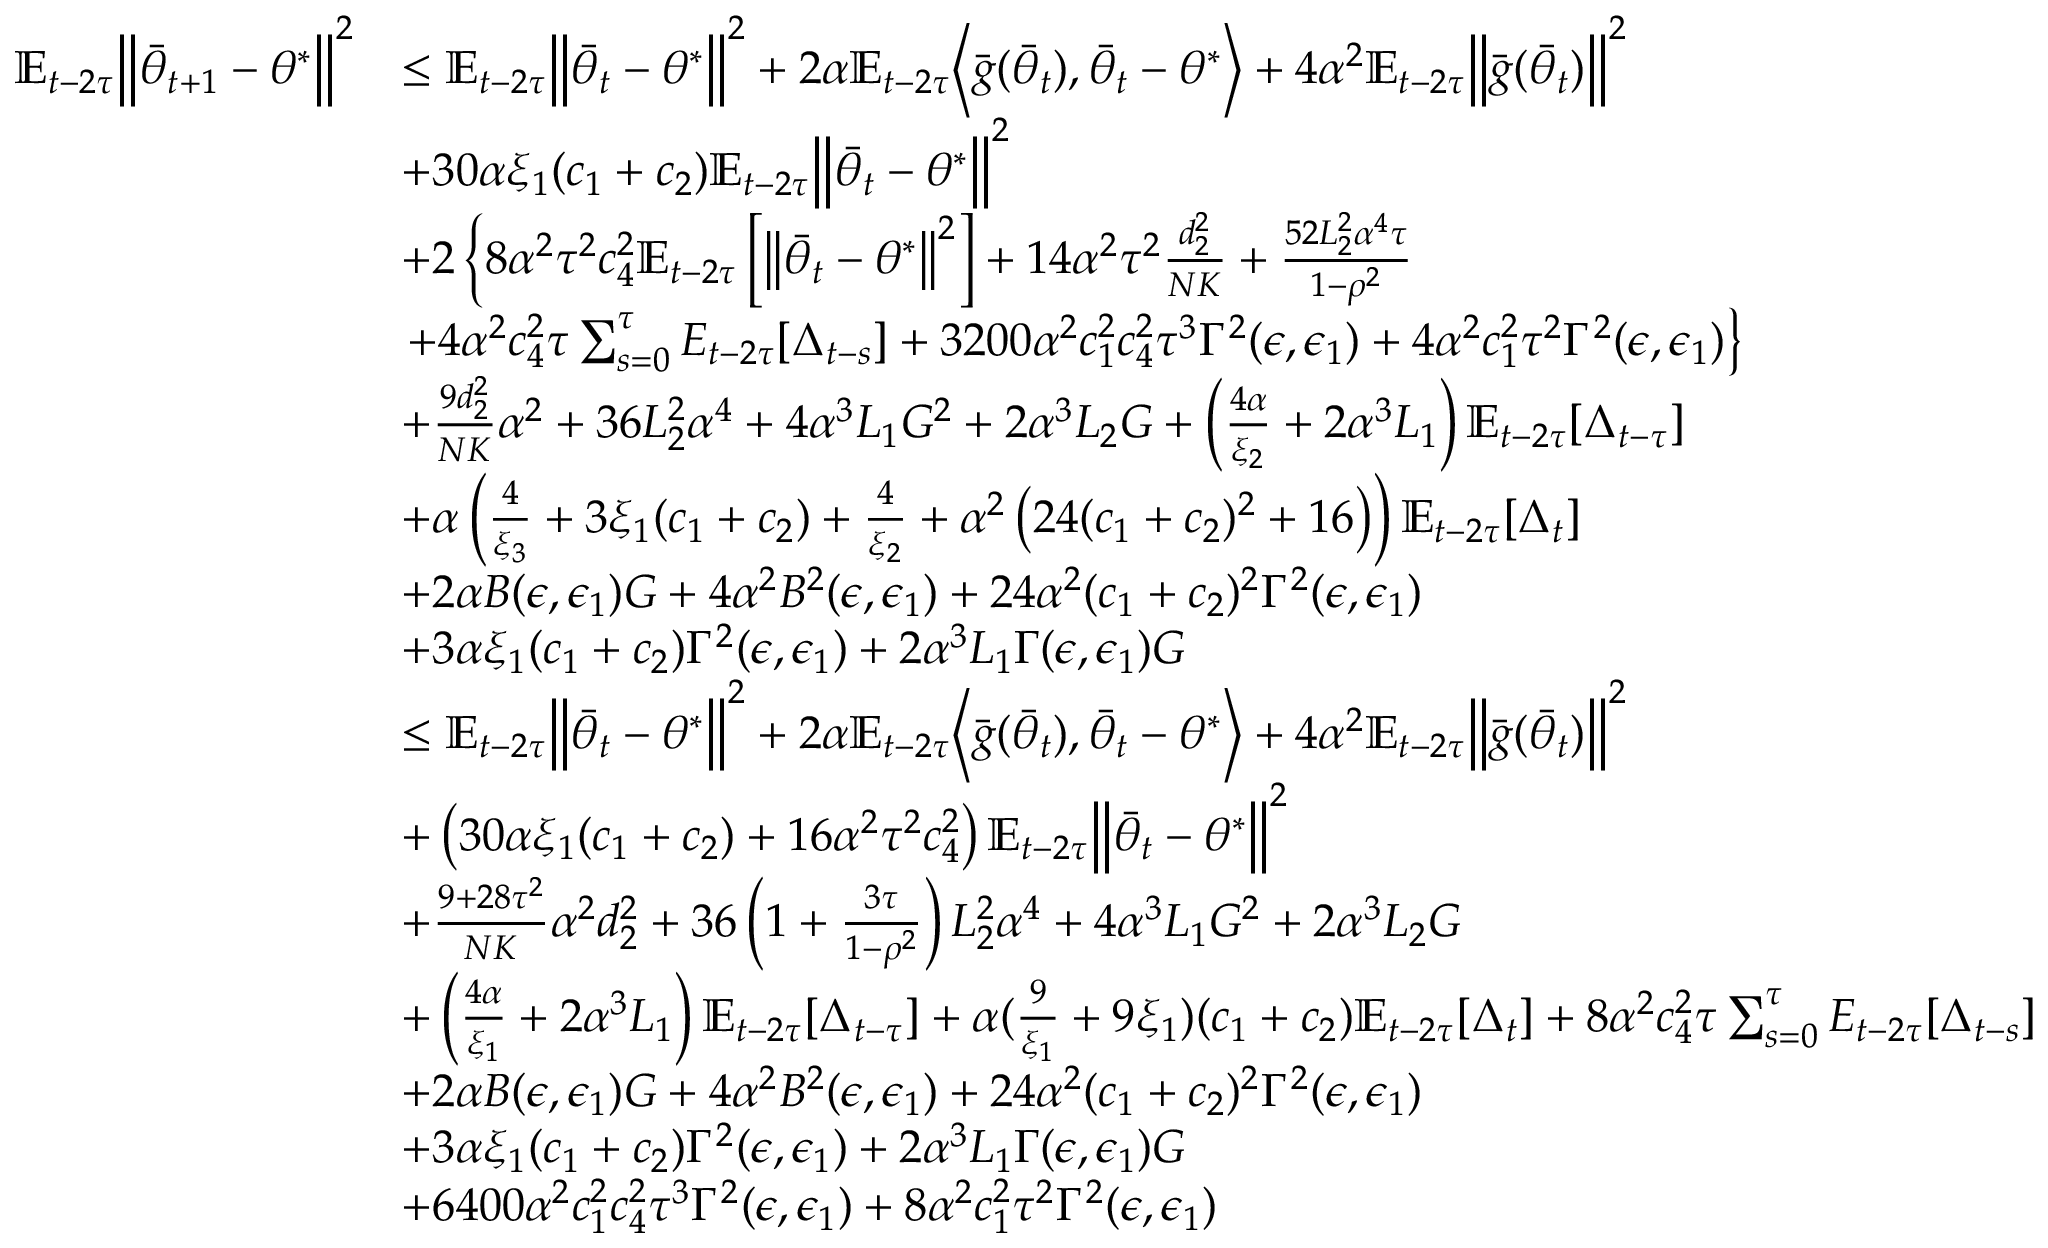
\begin{array} { r l } { \mathbb { E } _ { t - 2 \tau } \Big \lVert \bar { \theta } _ { t + 1 } - \theta ^ { * } \Big \rVert ^ { 2 } } & { \le \mathbb { E } _ { t - 2 \tau } \Big \lVert \bar { \theta } _ { t } - \theta ^ { * } \Big \rVert ^ { 2 } + 2 \alpha \mathbb { E } _ { t - 2 \tau } \Big \langle \bar { g } ( \bar { \theta } _ { t } ) , \bar { \theta } _ { t } - \theta ^ { * } \Big \rangle + 4 \alpha ^ { 2 } \mathbb { E } _ { t - 2 \tau } \Big \lVert \bar { g } ( \bar { \theta } _ { t } ) \Big \rVert ^ { 2 } } \\ & { + 3 0 \alpha \xi _ { 1 } ( c _ { 1 } + c _ { 2 } ) \mathbb { E } _ { t - 2 \tau } \Big \lVert \bar { \theta } _ { t } - \theta ^ { * } \Big \rVert ^ { 2 } } \\ & { + 2 \left\{ 8 \alpha ^ { 2 } \tau ^ { 2 } c _ { 4 } ^ { 2 } \mathbb { E } _ { t - 2 \tau } \left[ \left\| \bar { \theta } _ { t } - \theta ^ { * } \right\| ^ { 2 } \right] + 1 4 \alpha ^ { 2 } \tau ^ { 2 } \frac { d _ { 2 } ^ { 2 } } { N K } + \frac { 5 2 L _ { 2 } ^ { 2 } \alpha ^ { 4 } \tau } { 1 - \rho ^ { 2 } } \right. } \\ & { \left. + 4 \alpha ^ { 2 } c _ { 4 } ^ { 2 } \tau \sum _ { s = 0 } ^ { \tau } E _ { t - 2 \tau } [ \Delta _ { t - s } ] + 3 2 0 0 \alpha ^ { 2 } c _ { 1 } ^ { 2 } c _ { 4 } ^ { 2 } \tau ^ { 3 } \Gamma ^ { 2 } ( \epsilon , \epsilon _ { 1 } ) + 4 \alpha ^ { 2 } c _ { 1 } ^ { 2 } \tau ^ { 2 } \Gamma ^ { 2 } ( \epsilon , \epsilon _ { 1 } ) \right\} } \\ & { + \frac { 9 d _ { 2 } ^ { 2 } } { N K } \alpha ^ { 2 } + 3 6 L _ { 2 } ^ { 2 } \alpha ^ { 4 } + 4 \alpha ^ { 3 } L _ { 1 } G ^ { 2 } + 2 \alpha ^ { 3 } L _ { 2 } G + \left( \frac { 4 \alpha } { \xi _ { 2 } } + 2 \alpha ^ { 3 } L _ { 1 } \right) \mathbb { E } _ { t - 2 \tau } [ \Delta _ { t - \tau } ] } \\ & { + \alpha \left( \frac { 4 } { \xi _ { 3 } } + 3 \xi _ { 1 } ( c _ { 1 } + c _ { 2 } ) + \frac { 4 } { \xi _ { 2 } } + \alpha ^ { 2 } \left( 2 4 ( c _ { 1 } + c _ { 2 } ) ^ { 2 } + 1 6 \right) \right) \mathbb { E } _ { t - 2 \tau } [ \Delta _ { t } ] } \\ & { + 2 \alpha B ( \epsilon , \epsilon _ { 1 } ) G + 4 \alpha ^ { 2 } B ^ { 2 } ( \epsilon , \epsilon _ { 1 } ) + 2 4 \alpha ^ { 2 } ( c _ { 1 } + c _ { 2 } ) ^ { 2 } \Gamma ^ { 2 } ( \epsilon , \epsilon _ { 1 } ) } \\ & { + 3 \alpha \xi _ { 1 } ( c _ { 1 } + c _ { 2 } ) \Gamma ^ { 2 } ( \epsilon , \epsilon _ { 1 } ) + 2 \alpha ^ { 3 } L _ { 1 } \Gamma ( \epsilon , \epsilon _ { 1 } ) G } \\ & { \le \mathbb { E } _ { t - 2 \tau } \Big \lVert \bar { \theta } _ { t } - \theta ^ { * } \Big \rVert ^ { 2 } + 2 \alpha \mathbb { E } _ { t - 2 \tau } \Big \langle \bar { g } ( \bar { \theta } _ { t } ) , \bar { \theta } _ { t } - \theta ^ { * } \Big \rangle + 4 \alpha ^ { 2 } \mathbb { E } _ { t - 2 \tau } \Big \lVert \bar { g } ( \bar { \theta } _ { t } ) \Big \rVert ^ { 2 } } \\ & { + \left( 3 0 \alpha \xi _ { 1 } ( c _ { 1 } + c _ { 2 } ) + 1 6 \alpha ^ { 2 } \tau ^ { 2 } c _ { 4 } ^ { 2 } \right) \mathbb { E } _ { t - 2 \tau } \Big \lVert \bar { \theta } _ { t } - \theta ^ { * } \Big \rVert ^ { 2 } } \\ & { + \frac { 9 + 2 8 \tau ^ { 2 } } { N K } \alpha ^ { 2 } d _ { 2 } ^ { 2 } + 3 6 \left( 1 + \frac { 3 \tau } { 1 - \rho ^ { 2 } } \right) L _ { 2 } ^ { 2 } \alpha ^ { 4 } + 4 \alpha ^ { 3 } L _ { 1 } G ^ { 2 } + 2 \alpha ^ { 3 } L _ { 2 } G } \\ & { + \left( \frac { 4 \alpha } { \xi _ { 1 } } + 2 \alpha ^ { 3 } L _ { 1 } \right) \mathbb { E } _ { t - 2 \tau } [ \Delta _ { t - \tau } ] + \alpha ( \frac { 9 } { \xi _ { 1 } } + 9 \xi _ { 1 } ) ( c _ { 1 } + c _ { 2 } ) \mathbb { E } _ { t - 2 \tau } [ \Delta _ { t } ] + 8 \alpha ^ { 2 } c _ { 4 } ^ { 2 } \tau \sum _ { s = 0 } ^ { \tau } E _ { t - 2 \tau } [ \Delta _ { t - s } ] } \\ & { + 2 \alpha B ( \epsilon , \epsilon _ { 1 } ) G + 4 \alpha ^ { 2 } B ^ { 2 } ( \epsilon , \epsilon _ { 1 } ) + 2 4 \alpha ^ { 2 } ( c _ { 1 } + c _ { 2 } ) ^ { 2 } \Gamma ^ { 2 } ( \epsilon , \epsilon _ { 1 } ) } \\ & { + 3 \alpha \xi _ { 1 } ( c _ { 1 } + c _ { 2 } ) \Gamma ^ { 2 } ( \epsilon , \epsilon _ { 1 } ) + 2 \alpha ^ { 3 } L _ { 1 } \Gamma ( \epsilon , \epsilon _ { 1 } ) G } \\ & { + 6 4 0 0 \alpha ^ { 2 } c _ { 1 } ^ { 2 } c _ { 4 } ^ { 2 } \tau ^ { 3 } \Gamma ^ { 2 } ( \epsilon , \epsilon _ { 1 } ) + 8 \alpha ^ { 2 } c _ { 1 } ^ { 2 } \tau ^ { 2 } \Gamma ^ { 2 } ( \epsilon , \epsilon _ { 1 } ) } \end{array}